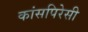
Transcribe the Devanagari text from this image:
कांसपिरेसी